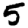
Digit: 5